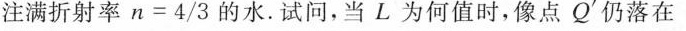
注满折射率$$n=4/3$$的水.试问，当L为何值时，像点Q^{'}仍落在